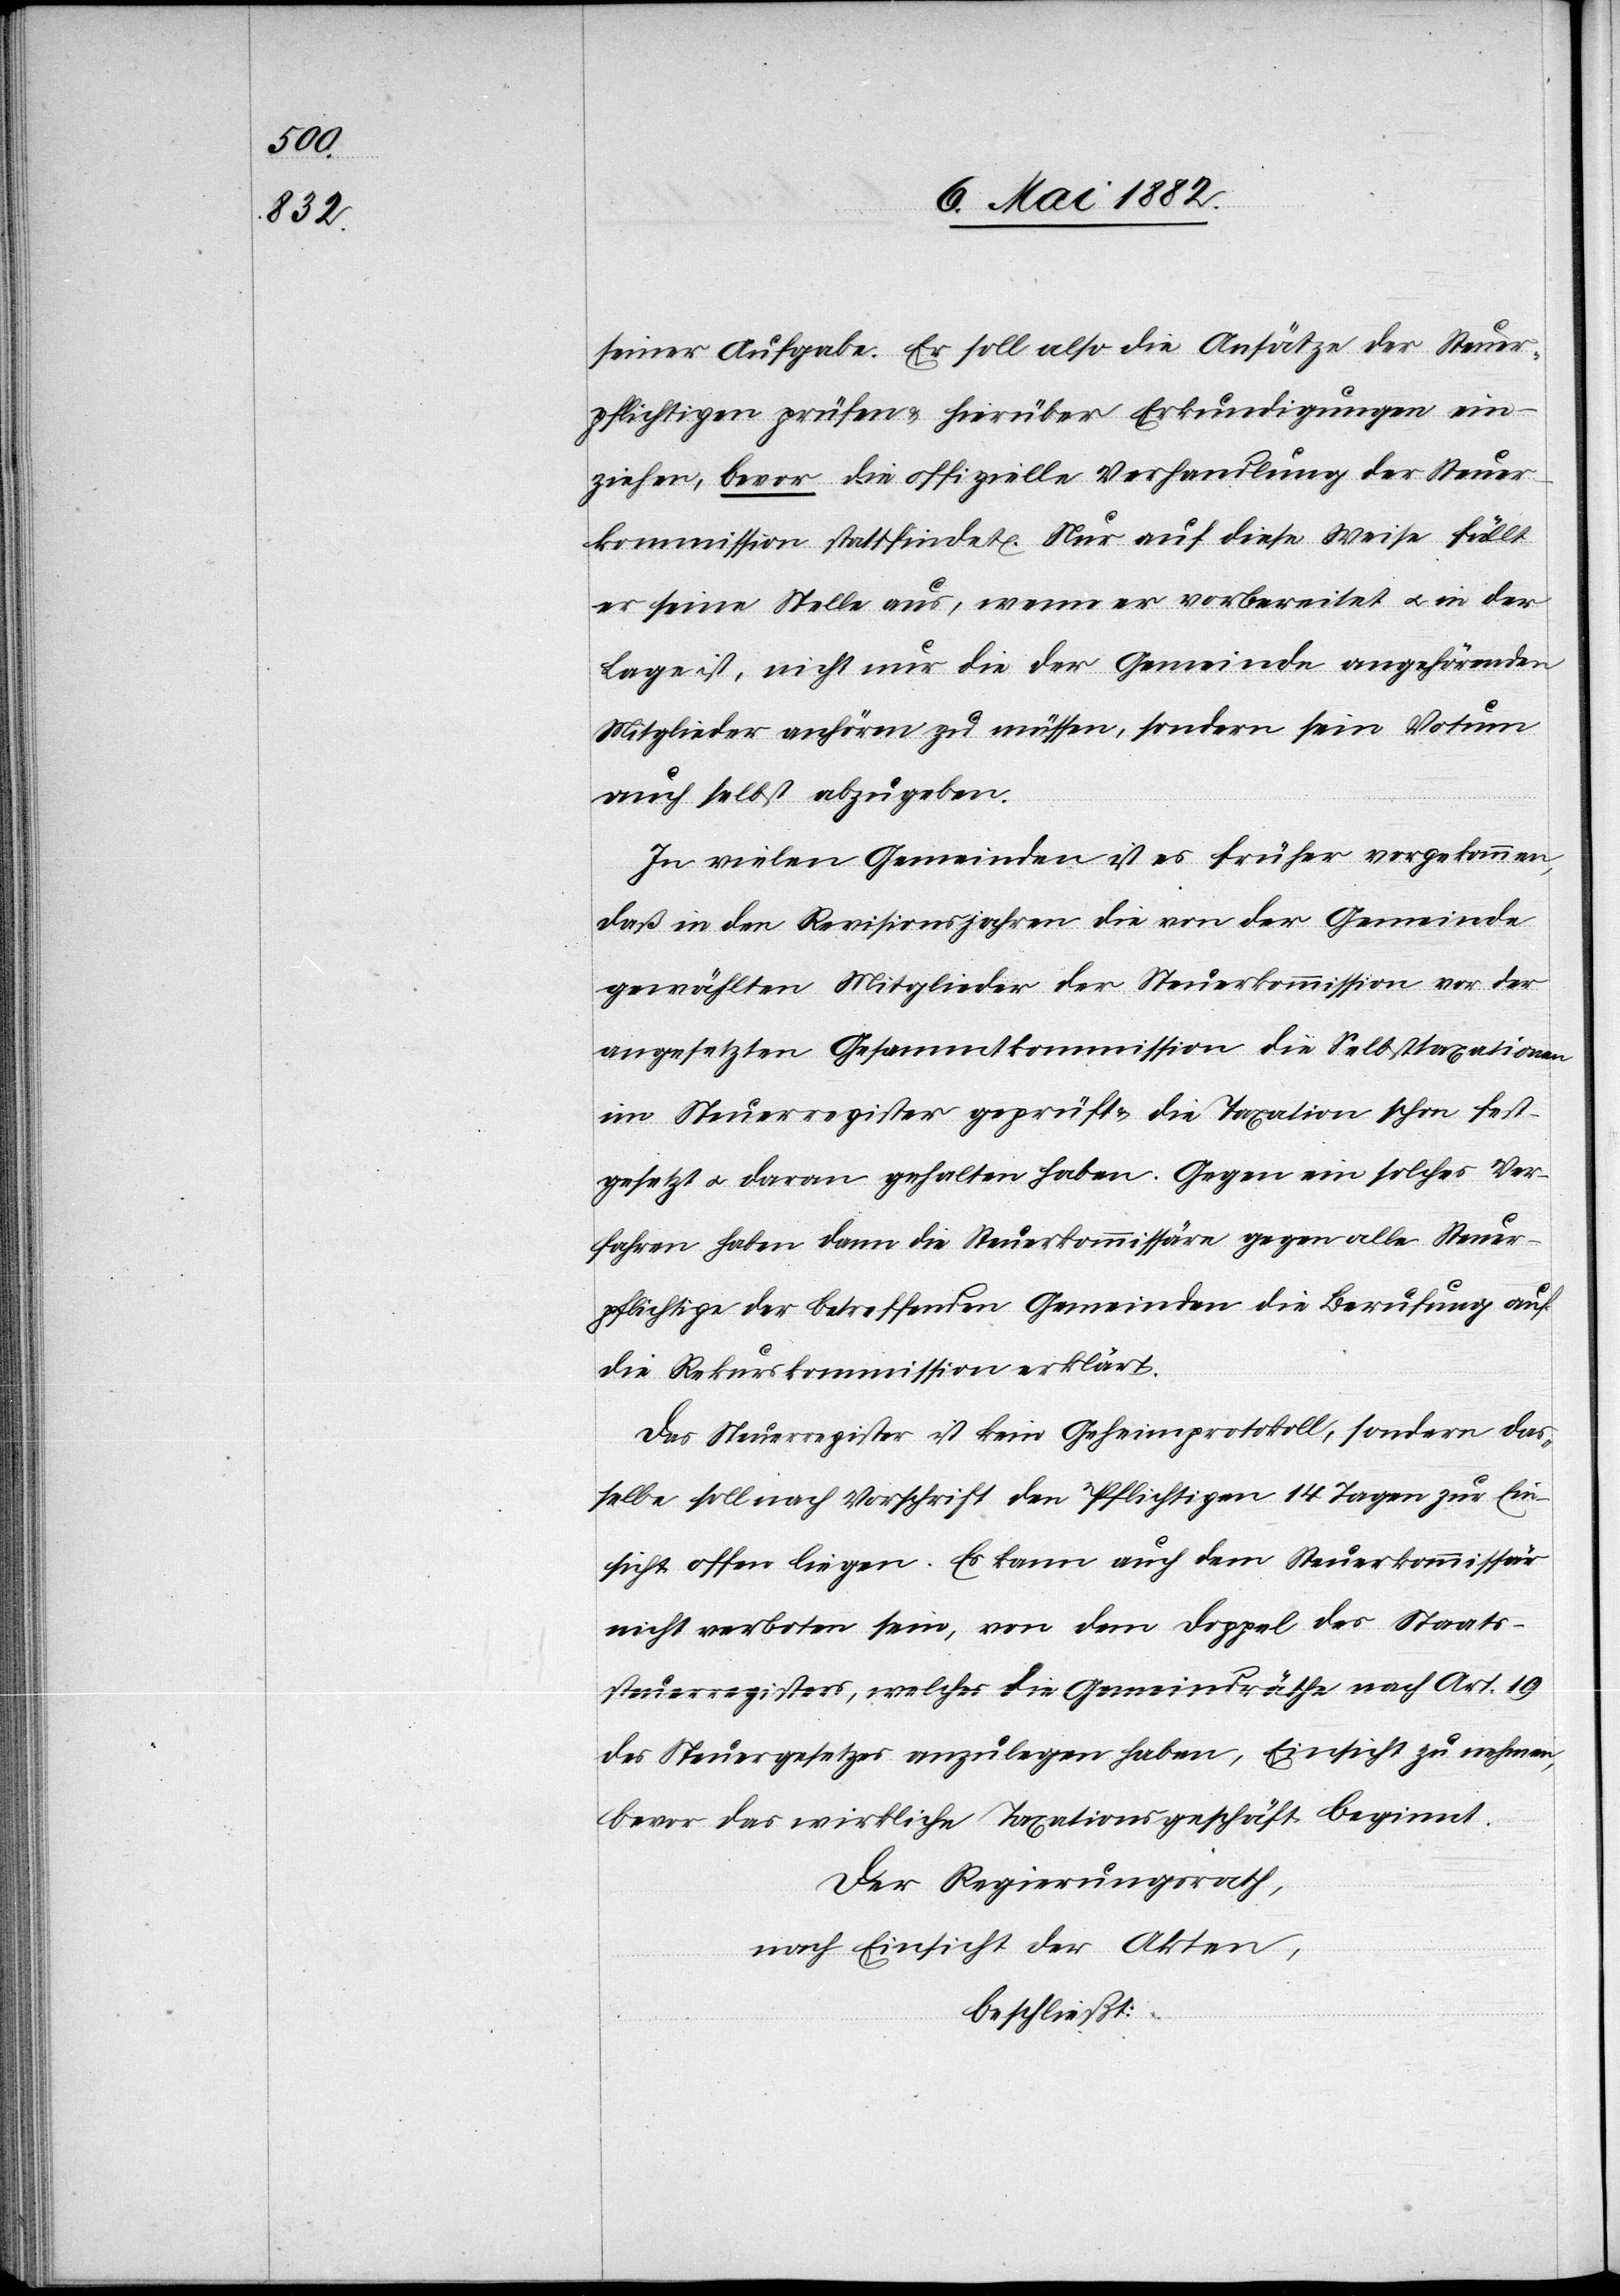
seiner Aufgabe. Er soll also die Ansätze der Steuer¬
pflichtigen prüfen & hierüber Erkundigungen ein¬
ziehen, bevor die offizielle Verhandlung der Steuer¬
kommission stattfindet. Nur auf diese Weise füllt
er seine Stelle aus, wenn er vorbereitet u. in der
Lage ist, nicht nur die der Gemeinde angehörenden
Mitglieder anhören zu müssen, sondern sein Votum
auch selbst abzugeben.
In vielen Gemeinde ist es früher vorgekommen,
daß in den Revisionsjahren die von der Gemeinde
gewählten Mitglieder der Steuerkommission vor der
angesetzten Gesammtkommission die Selbsttaxationen
im Steuerregister geprüft & die Taxation schon fest¬
gesetzt u. daran gehalten haben. Gegen ein solches Ver¬
fahren haben dann die Steuerkommissäre gegen alle Steuer¬
pflichtige[n] der betreffenden Gemeinden die Berufung auf
die Rekurskommission erklärt.
Das Steuerregister ist kein Geheimprotokoll, sondern das¬
selbe soll nach Vorschrift den Pflichtigen 14 Tagen [sic!]
Einsicht offen liegen. Es kann auch dem Steuerkommissär
nicht verboten sein, von dem Doppel des Staats¬
steuerregisters, welches die Gemeindräthe nach Art. 19
des Steuergesetzes anzulegen haben, Einsicht zu nehmen,
bevor das wirkliche Taxationsgeschäft beginnt.
Der Regierungsrath,
nach Einsicht der Akten,
beschließt: